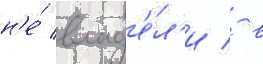
н'е́ влад'е́л'и / в